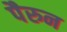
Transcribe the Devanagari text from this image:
पैरुन